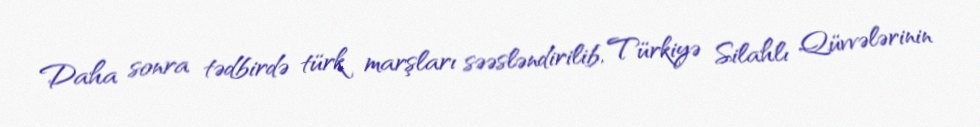
Daha sonra tədbirdə türk marşları səəsləndirilib, Türkiyə Silahlı Qüvvələrinin